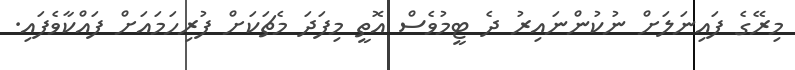
މިރޭގެ ފައިނަލަށް ނުކުންނައިރު ދެ ޓީމުވެސް އޮތީ މިފަދަ މެޗަކަށް ފުރިހަމައަށް ފައްކާވެފައި.